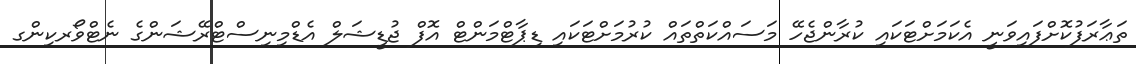
ތަޢާރަފުކޮށްފައިވަނީ އެކަމަށްޓަކައި ކުރާންޖެހޭ މަސައްކަތްތައް ކުރުމަށްޓަކައި ޑިޕާޓްމަންޓް އޮފް ޖުޑީޝަލް އެޑްމިނިސްޓްރޭޝަންގެ ނެޓްވޯރކިންގ